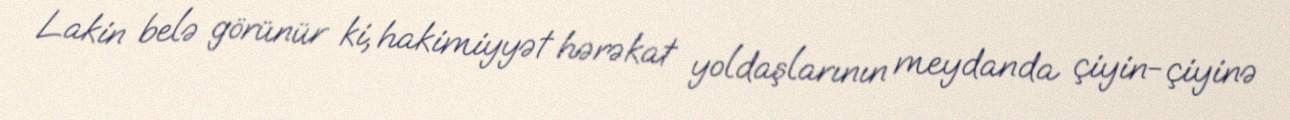
Lakin belə görünür ki, hakimiyyət hərəkat yoldaşlarının meydanda çiyin-çiyinə